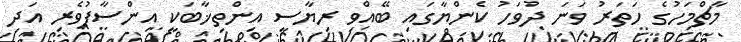
މާޗްމަހުގެ ހަތަރު ވަނަ ދުވަހު ކެންޔާގައި ބޭއްވި ރިޔާސީ އިންތިޚާބަކީ އިންސާފުވެރި އަދި